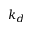
k _ { d }